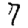
Digit: 7